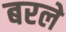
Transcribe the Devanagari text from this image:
बरले